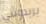
يريدونني